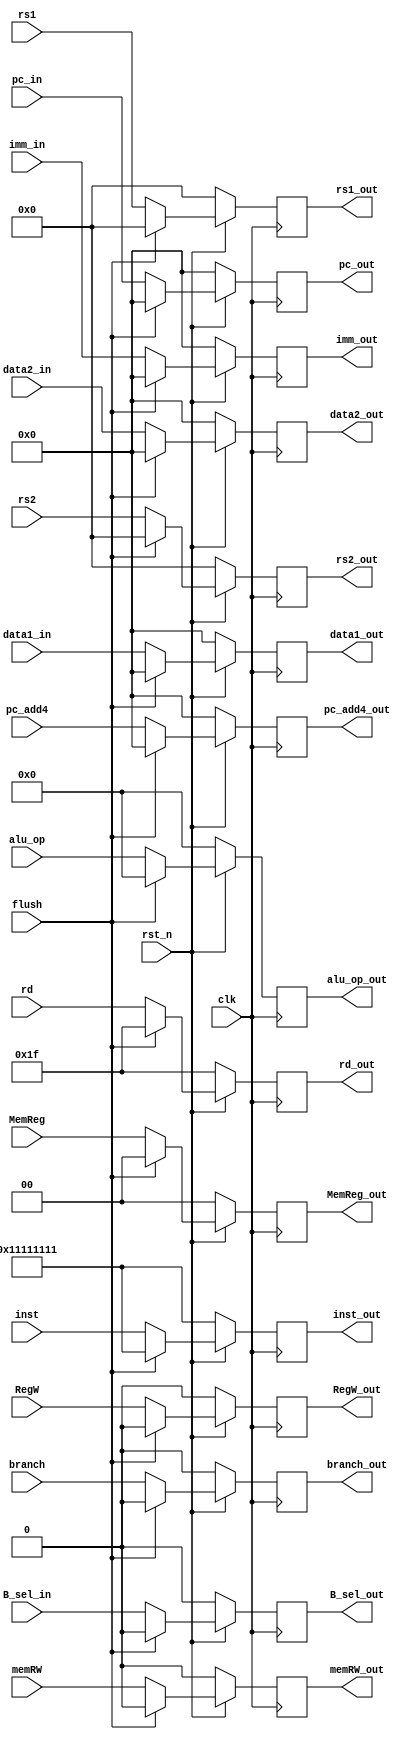
module ID_to_EX (input clk, rst_n,flush, //clock, reset
                 input [31:0] pc_in, pc_add4, //pc for branch instruction calculation
                 input [31:0] data1_in, data2_in, //value of register1, register2
                 input [31:0] imm_in,inst, //value of immediate generator
                 input [4:0] rd, rs1, rs2,
                 input [3:0] alu_op, 
                 input branch, memRW,
                 input RegW, 
                 input [1:0] MemReg,
                 input B_sel_in, // moi them vao lan 1
				 
				 output reg B_sel_out,// moi them vao lan 1
                 output reg [3:0] alu_op_out, 
                 output reg branch_out, memRW_out, 
                 output reg RegW_out, 
                 output reg [1:0] MemReg_out,
                 output reg [31:0] pc_out, pc_add4_out, //pc_out
                 output reg [4:0] rd_out, rs1_out, rs2_out,
                 output reg [31:0] data1_out, data2_out, //value of rs1, rs2
                 output reg [31:0] imm_out,inst_out); //value of immediate generator out
                 
always @(posedge clk) begin
  if (!rst_n) begin
    B_sel_out  <= 1'b0;// moi them vao lan 1
    alu_op_out <= 1'b0;
    branch_out <= 1'b0;
    memRW_out <= 1'b0;
    RegW_out <= 1'b0;
    MemReg_out <= 2'b00;
    rd_out <= 5'b11111;
    rs1_out <= 5'b00000;
    rs2_out <= 5'b00000;
    pc_out <= 32'h00000000;
    pc_add4_out <= 32'h00000000;
    data1_out <= 32'h00000000;
    data2_out <= 32'h00000000;
    imm_out <= 32'h00000000;
	inst_out <= 32'h11111111;
  end 
  else if (flush) begin
	B_sel_out  <= 1'b0;// moi them vao lan 1
    alu_op_out <= 1'b0;
    branch_out <= 1'b0;
    memRW_out <= 1'b0;
    RegW_out <= 1'b0;
    MemReg_out <= 2'b00;
    rd_out <= 5'b11111;
    rs1_out <= 5'b00000;
    rs2_out <= 5'b00000;
    pc_out <= 32'h00000000;
    pc_add4_out <= 32'h00000000;
    data1_out <= 32'h00000000;
    data2_out <= 32'h00000000;
    imm_out <= 32'h00000000;
	inst_out <= 32'h11111111;
	end
  else begin
	B_sel_out <= B_sel_in;// moi them vao lan 1
    alu_op_out <= alu_op;
    branch_out <= branch;
    memRW_out <= memRW;
    RegW_out <= RegW;
    MemReg_out <= MemReg;
    rd_out <= rd;
    rs1_out <= rs1;
    rs2_out <= rs2;
    pc_out <= pc_in;
    pc_add4_out <= pc_add4;
    data1_out <= data1_in;
    data2_out <= data2_in;
    imm_out <= imm_in;
	inst_out <= inst;
  end
end
endmodule